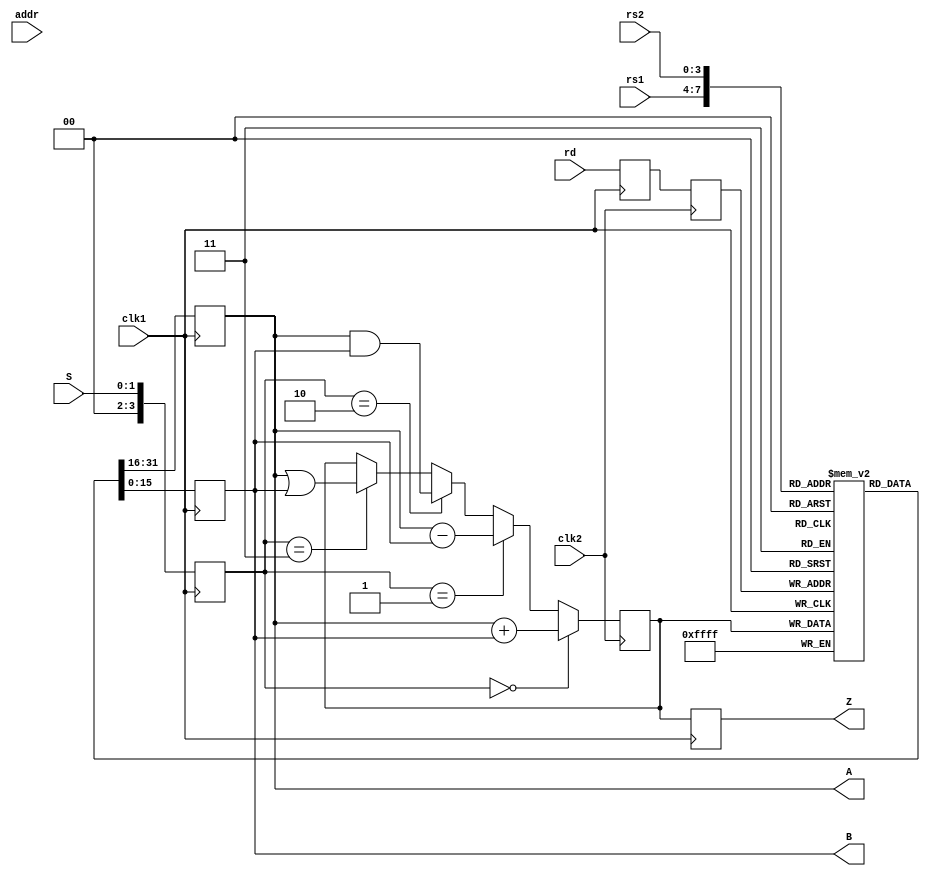
module PIPEALU(rs1,rs2,rd,S,addr,A,B,Z,clk1,clk2);
 input [3:0]rs1,rs2,rd;
 input [1:0]S;
 input [7:0]addr;
 input clk1,clk2;
 output [15:0]A,B;
 output [15:0]Z;
 integer i;
 reg [15:0]regbank[0:15];
 initial regbank[0] = 12; initial regbank[1] = 10; initial regbank[2] = 15; initial regbank[3] = 17;
 initial regbank[4] = 19; initial regbank[5] = 14; initial regbank[6] = 8; initial regbank[7] = 5;
 reg [15:0]memory[0:255];
 reg [15:0]L1_A,L1_B,L2_Z,L3_Z;
 reg [3:0]L1_rd,L2_rd,L1_S;
 reg [7:0]L1_addr,L2_addr,L3_addr;
 assign Z=L3_Z;
 assign A=L1_A;
 assign B=L1_B;
 
 // STAGE 1
 
 always @(posedge clk1)
  begin
   L1_A    <= regbank[rs1];
	L1_B    <= regbank[rs2];
	L1_rd   <= rd;
	L1_S    <= S;
	L1_addr <= addr;
  end
  
// STAGE 2

  always @(posedge clk2)
   begin
     if (L1_S==0)
      L2_Z <= L1_A + L1_B ;
     else if (L1_S==1)
      L2_Z <= L1_A - L1_B ;    
     else if (L1_S==2)
      L2_Z <= L1_A & L1_B ;
     else if (L1_S==3)
      L2_Z <= L1_A | L1_B ;
	
	 L2_rd <= L1_rd ;	
	 L2_addr <= L1_addr;	
	end
	
// STAGE 3

  always @(posedge clk1)
    begin
     regbank[L2_rd] <= L2_Z;
	  L3_addr <= L2_addr;	
	  L3_Z <= L2_Z;
    end
	 
// STAGE 4
  
  always@(posedge clk2)
    begin
      memory[L3_addr]=L3_Z;
    end
endmodule